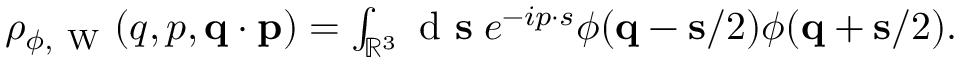
\begin{array} { r } { \rho _ { \phi , \mathrm { ~ W ~ } } ( q , p , \ensuremath { \mathbf { q } } \cdot \ensuremath { \mathbf { p } } ) = \int _ { \mathbb { R } ^ { 3 } } \ensuremath { \mathrm { ~ d ~ } } \ensuremath { \mathbf { s } } \; e ^ { - i \b { p } \cdot \b { s } } \phi ( \ensuremath { \mathbf { q } } - \ensuremath { \mathbf { s } } / 2 ) \phi ( \ensuremath { \mathbf { q } } + \ensuremath { \mathbf { s } } / 2 ) . } \end{array}